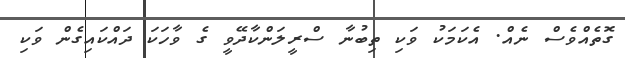
ގޮތެއްވެސް ނެއް. އެކަމަކު ވަކި ތިބުނާ ސްރީލަންކާދޭވީ ގެ ވާހަކަ ދައްކައިގެން ވަކި